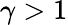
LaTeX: \gamma>1